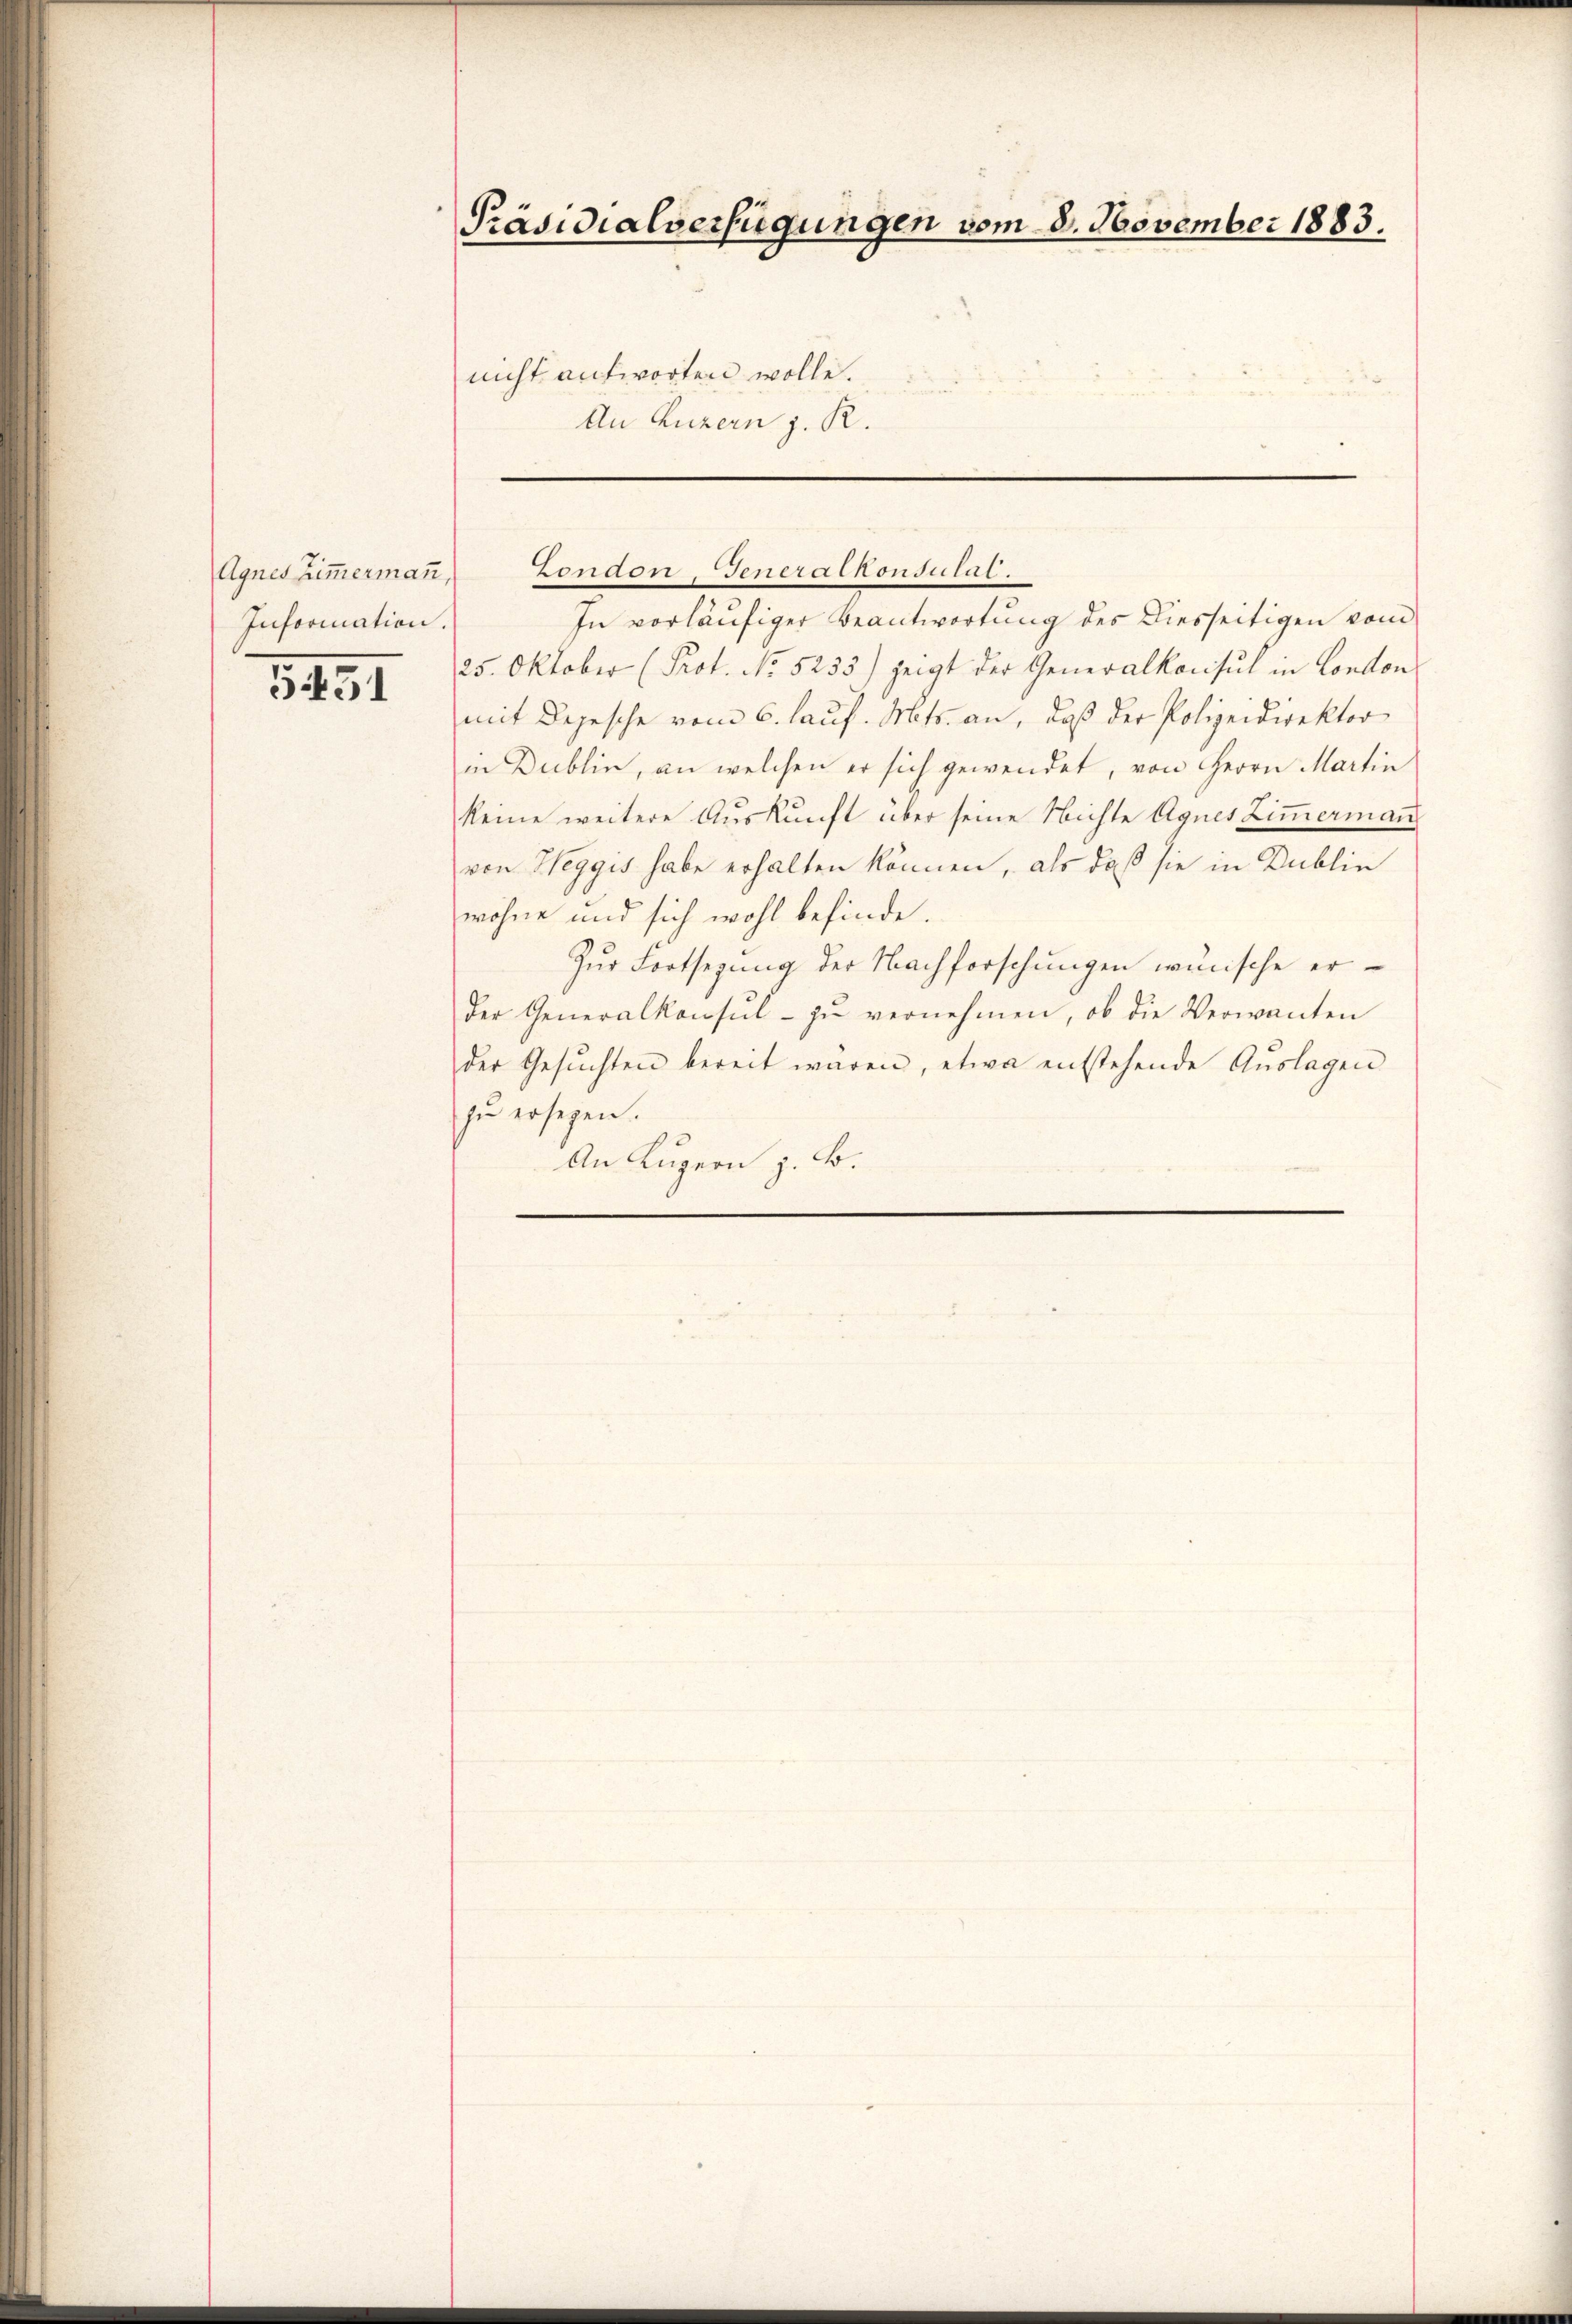
Agnes Zimmermann,
Information.

5451

Präsidialverfügungen vom 8. November 1883.

nicht antworten wolle.
An Luzern z. R.

In vorläufiger Beantwortung des Diesseitigen vom
25. Oktober (Prot. No 5233) zeigt der Generalkonsul in Conton
mit Depesche vom 6. lauf. Mts. an, daß der Polizeidirektor
in Dublin, an welchen er sich gewendet, von Herrn Martin
keine weitere Auskunft über seine Nichte Agnes Zimmermann
von Weggis habe erhalten können, als daß sie in Dublin
wohne und sich wohl befinde.
Zur Fortsegung der Nachforschungen wünsche erder Generalkonsŭl- zŭ vernehmen, ob die Verwanten
der Gesŭchten bereit waren, etwa entstehende Aŭslagen
zu ersehen.
An Kugern z. B.

London, Generalkonsulat.